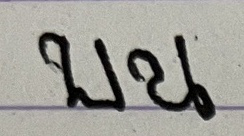
บน